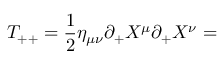
T _ { + + } = \frac { 1 } { 2 } \eta _ { \mu \nu } \partial _ { + } X ^ { \mu } \partial _ { + } X ^ { \nu } =